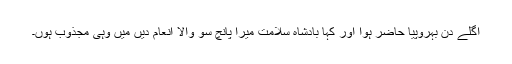
اگلے دن بہروپیا حاضر ہوا اور کہا بادشاہ سلامت میرا پانچ سو والا انعام دیں میں وہی مجذوب ہوں۔